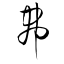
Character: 弗